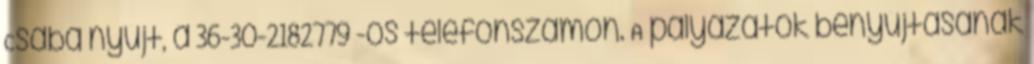
Csaba nyújt, a 36-30-2182779 -os telefonszámon. A pályázatok benyújtásának